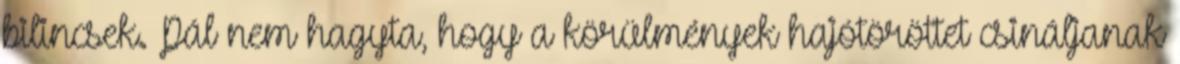
bilincsek. Pál nem hagyta, hogy a körülmények hajótöröttet csináljanak